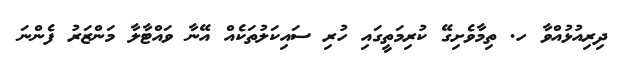
ދިރިއުޅުއްވާ ހ. ތިމާވެށިގޭ ކުރިމަތީގައި ހުރި ސައިކަލުތަކެއް އޭނާ ވައްޓާލާ މަންޒަރު ފެންނަ